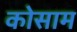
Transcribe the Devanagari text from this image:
कोसाम